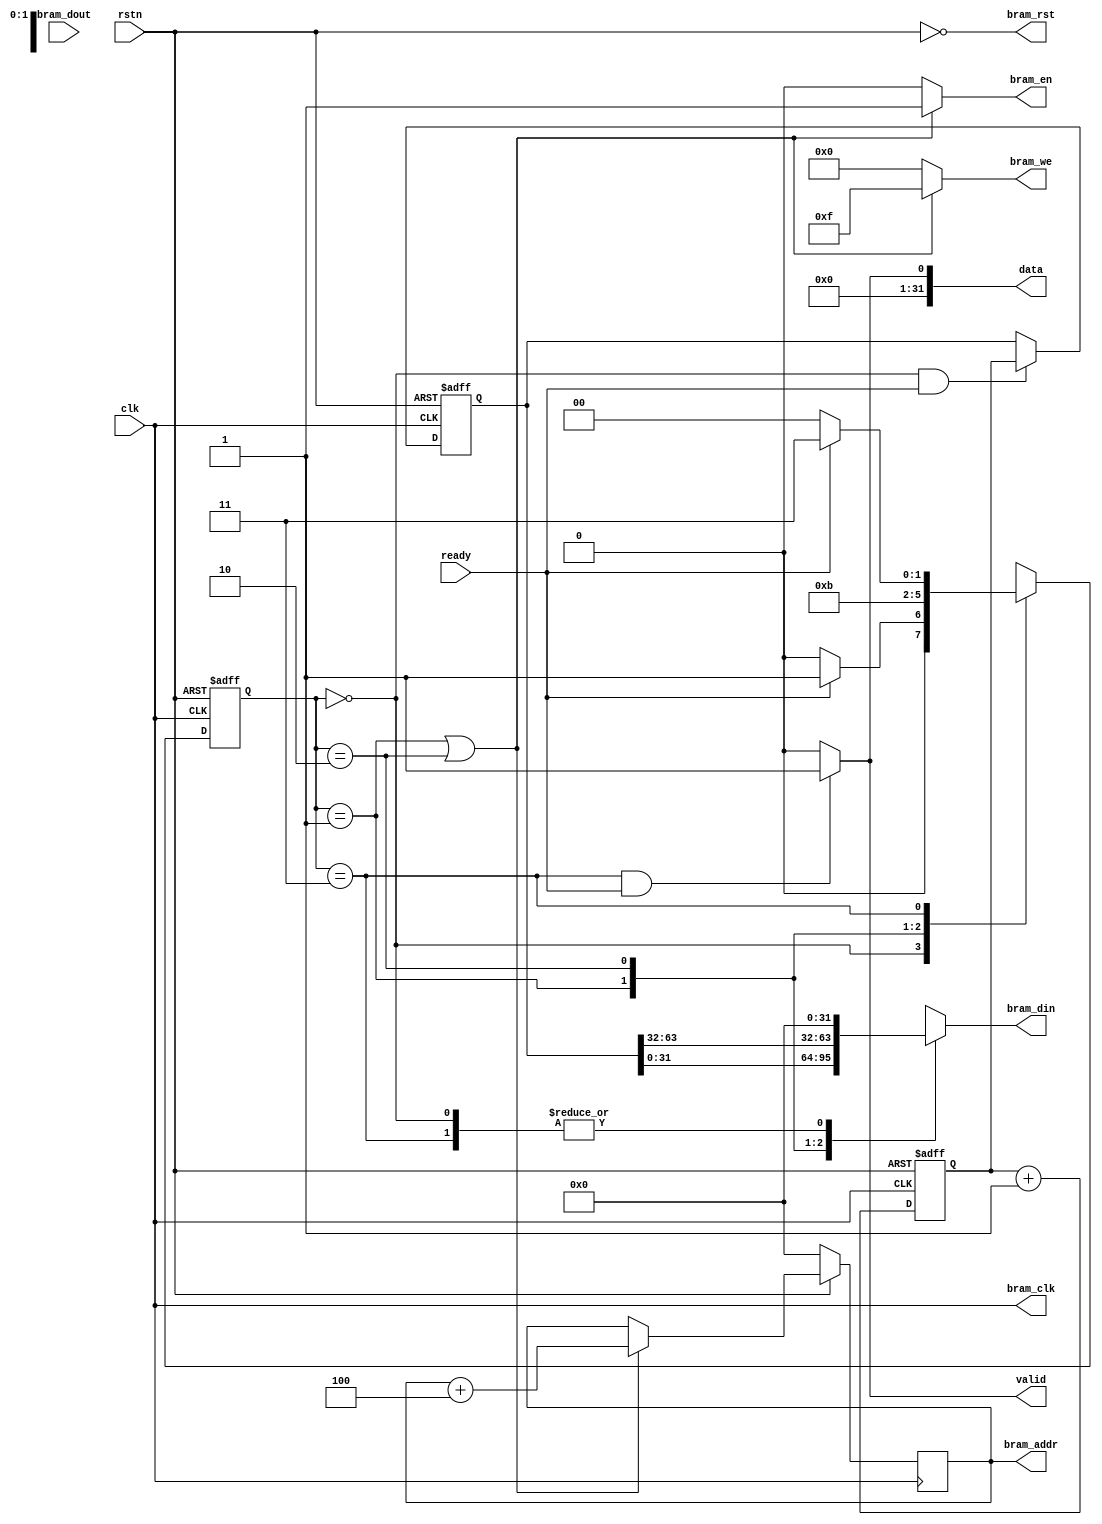
module hapara_axis_64timer # (
    parameter DATA_WIDTH = 32
)(
    bram_clk,
    bram_rst,
    bram_en,
    bram_we,
    bram_addr,
    bram_din,
    bram_dout,
    valid,
    ready,
    data,
    rstn,
    clk
    );
    output bram_clk;
    output bram_rst;
    output bram_en;
    output [3 : 0] bram_we;
    output [DATA_WIDTH - 1 : 0] bram_addr;
    output [DATA_WIDTH - 1 : 0] bram_din;
    input  [DATA_WIDTH - 1 : 0] bram_dout;
    output valid;
    input ready;
    output [DATA_WIDTH - 1 : 0] data;
    input rstn;
    input clk;
    assign bram_clk = clk;
    assign bram_rst = ~rstn;
    reg [DATA_WIDTH - 1 : 0] bram_din;
    reg [2 * DATA_WIDTH - 1 : 0] counter;
    reg [2 * DATA_WIDTH - 1 : 0] temp;
    reg [DATA_WIDTH - 1 : 0] raddr;
    reg [1 : 0] curr_state;
    reg [1 : 0] next_state;
    localparam idle  = 2'b00;
    localparam s0    = 2'b01;
    localparam s1    = 2'b10;
    localparam wait0 = 2'b11;
    always @(posedge clk) begin
        if (~rstn) begin
            raddr <= {DATA_WIDTH{1'b0}};
        end else if (curr_state == s0 || curr_state == s1) begin
            raddr <= raddr + 4;
        end else begin
            raddr <= raddr;
        end
    end
    assign bram_addr = raddr;
    always @(posedge clk or negedge rstn) begin
        if (~rstn) begin
            curr_state <= idle;
        end else begin
            curr_state <= next_state;
        end
    end
    always @(*) begin
        case (curr_state)
            idle:
                if (ready) next_state = s0;
                else next_state = idle;
            s0:
                next_state = s1;
            s1:
                next_state = wait0;
            wait0:
                if (~ready) next_state = idle;
                else next_state = wait0;
            default:
                next_state = 2'bxx;
        endcase
    end
    always @(posedge clk or negedge rstn) begin
        if (~rstn) begin
            counter <= {2 * DATA_WIDTH{1'b0}};
        end else begin
            counter <= counter + 1;
        end
    end
    always @(posedge clk or negedge rstn) begin
        if (~rstn) begin
            temp <= {2 * DATA_WIDTH{1'b0}};
        end else if ((curr_state == idle) && ready) begin
            temp <= counter;
        end else begin
            temp <= temp;
        end
    end
    always @(*) begin
        case (curr_state)
            idle:
                bram_din = {DATA_WIDTH{1'b0}};
            s0:
                bram_din = temp[DATA_WIDTH - 1 : 0];
            s1:   
                bram_din = temp[2 * DATA_WIDTH - 1 : DATA_WIDTH];
            wait0:
                bram_din = {DATA_WIDTH{1'b0}};
            default:
                bram_din = {DATA_WIDTH{1'bx}};
        endcase
    end
    assign bram_en = (curr_state == s0 || curr_state == s1)?1'b1:1'b0;
    assign bram_we = (curr_state == s0 || curr_state == s1)?4'b1111:4'b0000;
    assign valid = (curr_state == wait0 && ready)?1'b1:1'b0;
    assign data = (curr_state == wait0 && ready)?1:0;
endmodule